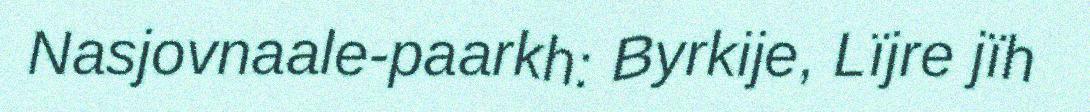
Nasjovnaale-paarkh: Byrkije, Lïjre jïh